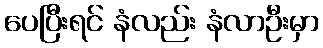
ပေပြီးရင် နံလည်း နံလာဦးမှာ